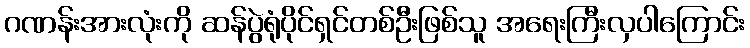
ဂဏန်းအားလုံးကို ဆန်ပွဲရုံပိုင်ရှင်တစ်ဦးဖြစ်သူ အရေးကြီးလှပါကြောင်း